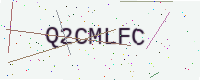
Text: Q2CMLFC